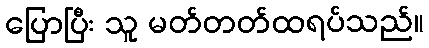
ပြောပြီး သူ မတ်တတ်ထရပ်သည်။